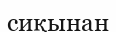
сиқынан